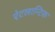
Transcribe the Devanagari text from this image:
ऐटलान्टिक